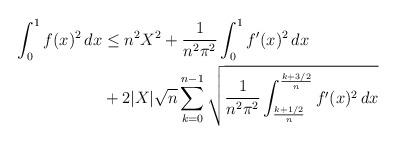
LaTeX: \begin{align*} \int_0^1 f(x)^2 \, dx &\leq n^2 X^2 + \frac{1}{n^2 \pi^2}\int_0^1 f'(x)^2 \, dx \\ &+ 2|X|\sqrt{n} \sum_{k=0}^{n-1} \sqrt{\frac{1}{n^2 \pi^2} \int_{\frac{k+1/2}{n}}^{\frac{k+3/2}{n}} f'(x)^2 \, dx}\end{align*}